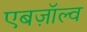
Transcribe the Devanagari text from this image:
एबज़ॉल्व